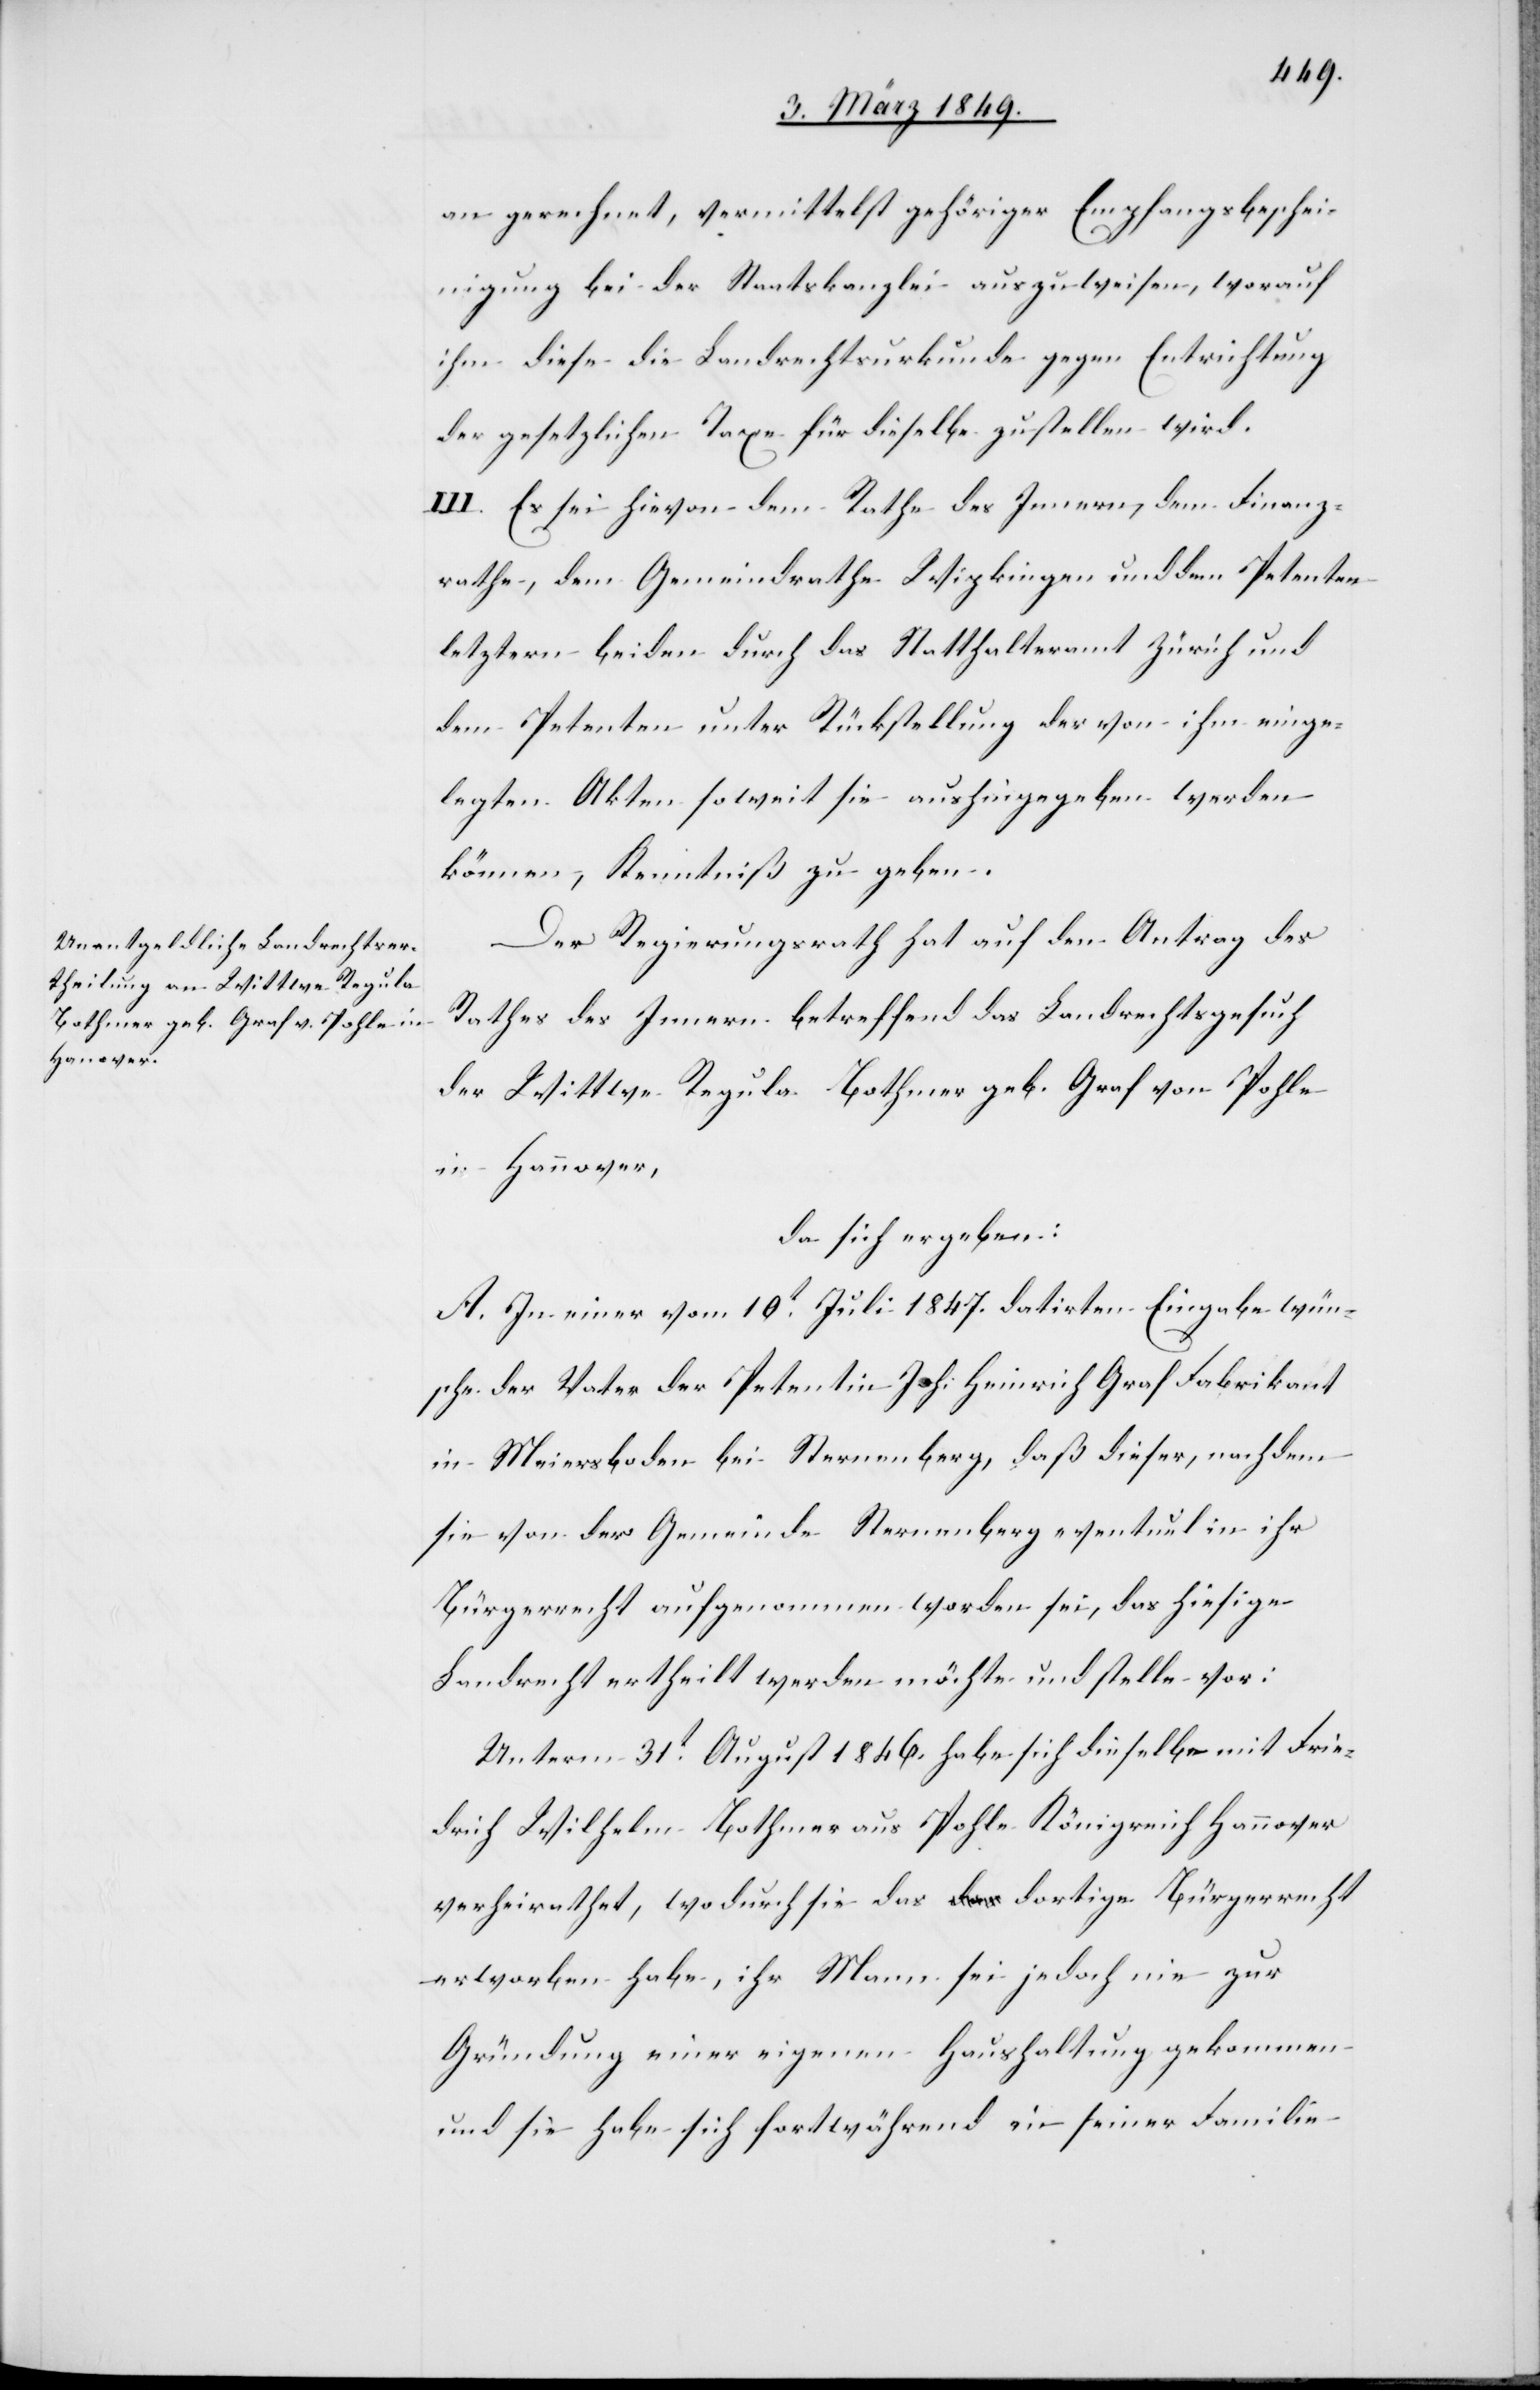
an gerechnet, vermittelst gehöriger Empfangsbeschei¬
nigung bei der Staatskanzlei auszuweisen, worauf
ihm diese die Landrechtsurkunde gegen Entrichtung
der gesetzlichen Taxe für dieselbe zustellen wird.
III. Es sei hievon dem Rathe des Innern, dem Finanz¬
rathe, dem Gemeindrathe Wipkingen und dem Petenten
letztern beiden durch das Statthalteramt Zürich und
dem Petenten unter Rückstellung der von ihm einge¬
legten Akten soweit sie aushingegeben werden
können, Kenntniß zu geben.
Der Regierungsrath hat auf den Antrag des
Rathes des Innern betreffend das Landrechtsgesuch
der Wittwe Regula Bothmer geb. Graf von Pohle
in Hannover
da sich ergeben:
A. In einer vom 10t. Juli 1847. datirten Eingabe wün¬
sche der Vater der Petentin Joh: Heinrich Graf Fabrikant
in Meiersboden bei Sternenberg, daß dieser, nachdem
sie von der Gemeinde Sternenberg eventuel in ihr
Bürgerrecht aufgenommen worden sei, das hiesige
Landrecht ertheilt werden möchte und stelle vor:
Unterm 31t. August 1846. habe sich dieselbe mit Frie¬
drich Wilhelm Bothmer aus Pohle Königreich Hannover
verheirathet, wodurch sie das dortige Bürgerrecht
erworben habe, ihr Mann sei jedoch nie zur
Gründung einer eigenen Haushaltung gekommen
und sie habe sich fortwährend in seiner Familie